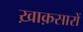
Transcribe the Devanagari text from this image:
ख़ाक़सारों